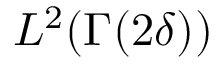
L ^ { 2 } ( \Gamma ( 2 \delta ) )